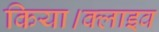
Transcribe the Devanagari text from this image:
किया।क्लाइव